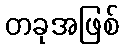
တခုအဖြစ်